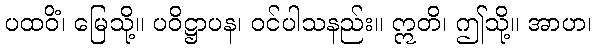
ပထဝိံ၊ မြေသို့။ ပဝိဋ္ဌာပန၊ ဝင်ပါသနည်း။ ဣတိ၊ ဤသို့။ အာဟ၊